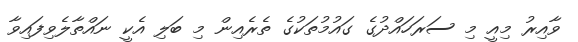
ވާއިރު މިއީ މި ސަރަހައްދުގެ ގައުމުތަކުގެ ތެރެއިން މި ބަލި އެކީ ނައްތާލެވިފައިވާ